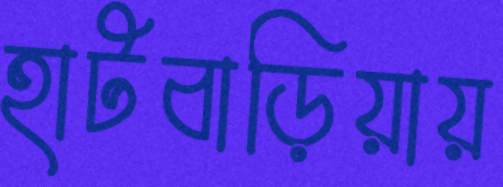
হাটবাড়িয়ায়